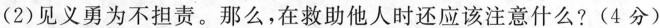
(2)见义勇为不担责。那么，在救助他人时还应该注意什么?(4分)